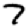
Digit: 7